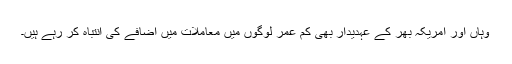
وہاں اور امریکہ بھر کے عہدیدار بھی کم عمر لوگوں میں معاملات میں اضافے کی انتباہ کر رہے ہیں۔